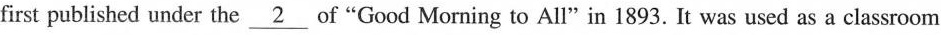
first published under the \underline{2} of "Good Morning to All"in 1893. It was used as a classroom